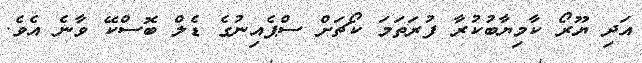
އަދި ޔޫރޯ ކާމިޔާބުކުރާ ފުރަތަމަ ކޯޗަށް ސްޕެއިނުގެ ޑެލް ބޮސްކޭ ވާނެ އެވެ.